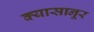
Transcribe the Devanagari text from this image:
क्यासानूर